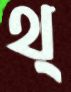
থ্